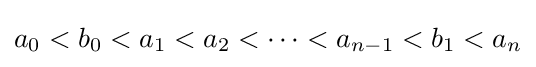
a_{0}<b_{0}<a_{1}<a_{2}<\cdots <a_{n-1}<b_{1}<a_{n}